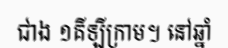
ជាង ១គីឡីក្រាម។ នៅឆ្នាំ